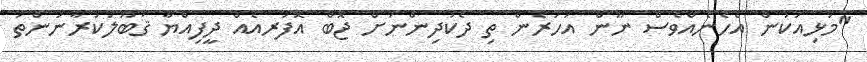
"މުޅިއަކުން އެހެނެއްވެސް ނޫން އަހަރެން ތި ދެކުދިންނަށް ޖޮބް އޮފަރއެއް ދީފިއްޔާ ޤަބޫލުކުރާނަންތަ